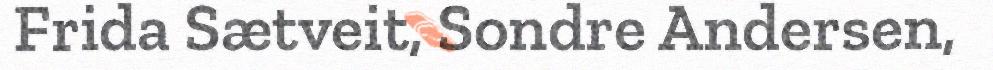
Frida Sætveit, Sondre Andersen,